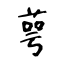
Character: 萼